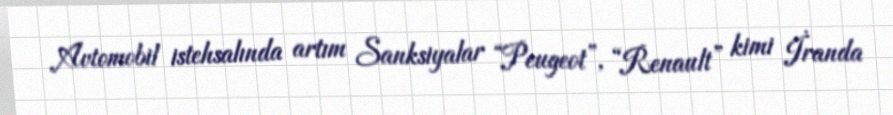
Avtomobil istehsalında artım Sanksiyalar “Peugeot”, “Renault” kimi İranda